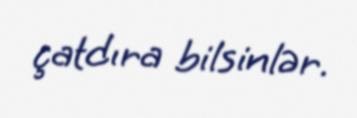
çatdıra bilsinlər.